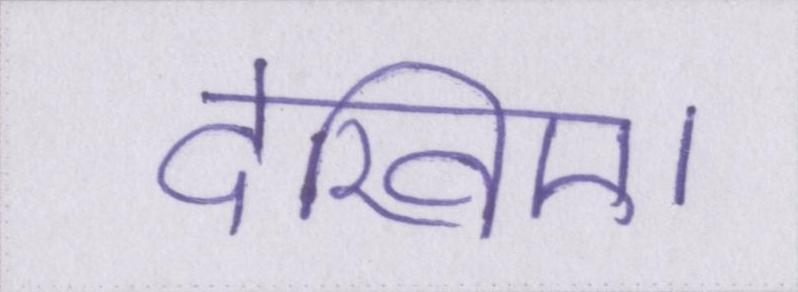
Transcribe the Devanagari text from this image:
देखिए।